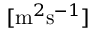
[ \mathrm { m } ^ { 2 } \mathrm { s } ^ { - 1 } ]